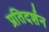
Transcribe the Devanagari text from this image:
प्रतिदर्शन